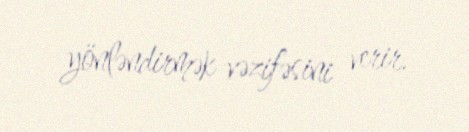
yönləndirmək vəzifəsini verir.